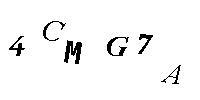
4CMG7A